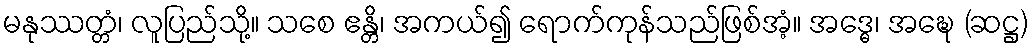
မနုဿတ္တံ၊ လူပြည်သို့။ သစေ ဧန္တိ၊ အကယ်၍ ရောက်ကုန်သည်ဖြစ်အံ့။ အဒ္ဓေ၊ အဍ္ဎေ (ဆဋ္ဌ)